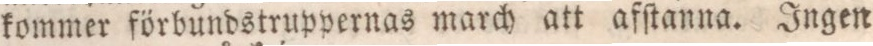
kommer förbundstruppernas march att afſtanna. Ingen